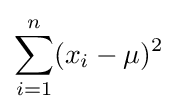
\sum _{i=1}^{n}(x_{i}-\mu )^{2}